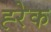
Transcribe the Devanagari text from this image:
ह्‍रेक